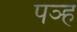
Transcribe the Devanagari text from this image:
पञ्ह